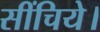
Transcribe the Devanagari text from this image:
सींचिये।